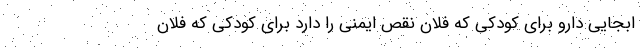
ابجایی دارو برای کودکی که فلان نقص ایمنی را دارد برای کودکی که فلان